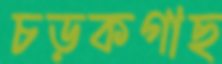
চড়কগাছ